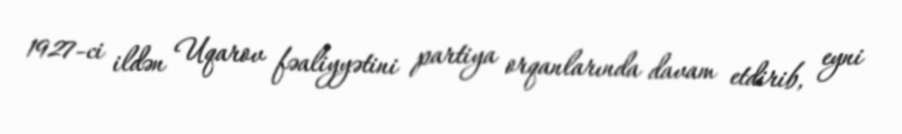
1927-ci ildən Uqarov fəaliyyətini partiya orqanlarında davam etdirib, eyni